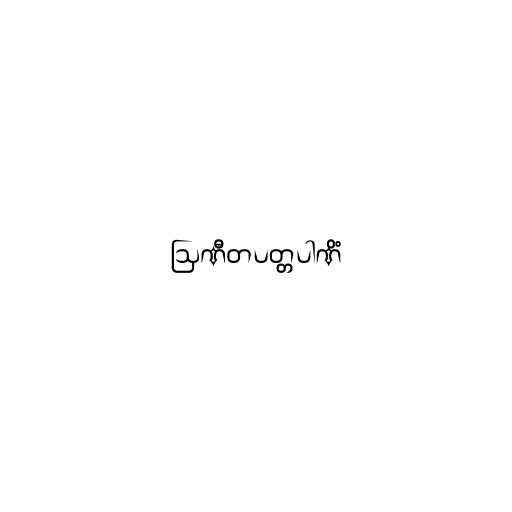
ဩဏီတပတ္တပါဏိံ